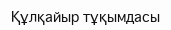
Құлқайыр тұқымдасы